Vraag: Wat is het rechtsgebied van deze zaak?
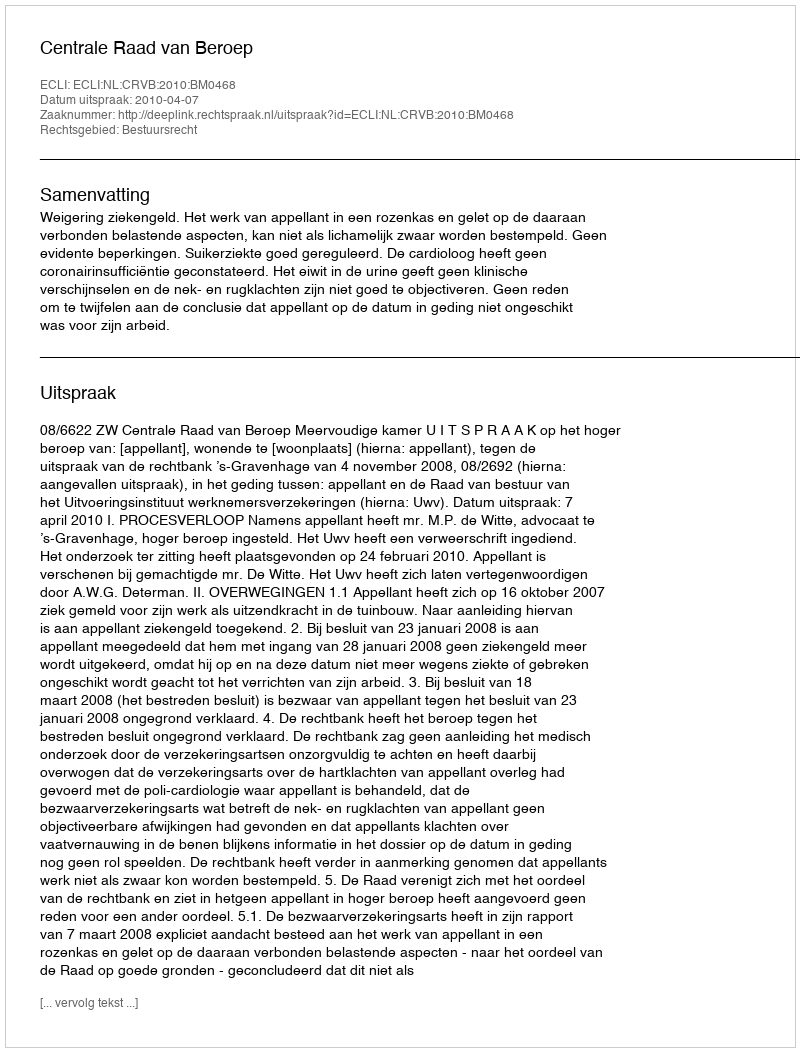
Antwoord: Bestuursrecht